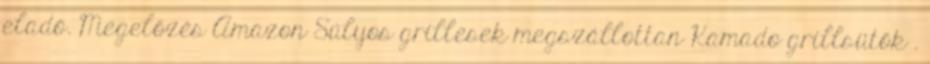
eladó. Megelőzés Amazon Súlyos grillesek megszállottan Kamado grillsütők .